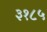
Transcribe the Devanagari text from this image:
३१८५